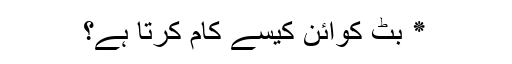
٭ بِٹ کوائن کیسے کام کرتا ہے؟